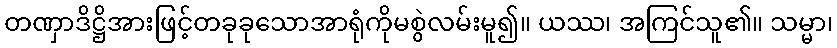
တဏှာဒိဋ္ဌိအားဖြင့်တခုခုသောအာရုံကိုမစွဲလမ်းမူ၍။ ယဿ၊ အကြင်သူ၏။ သမ္မာ၊